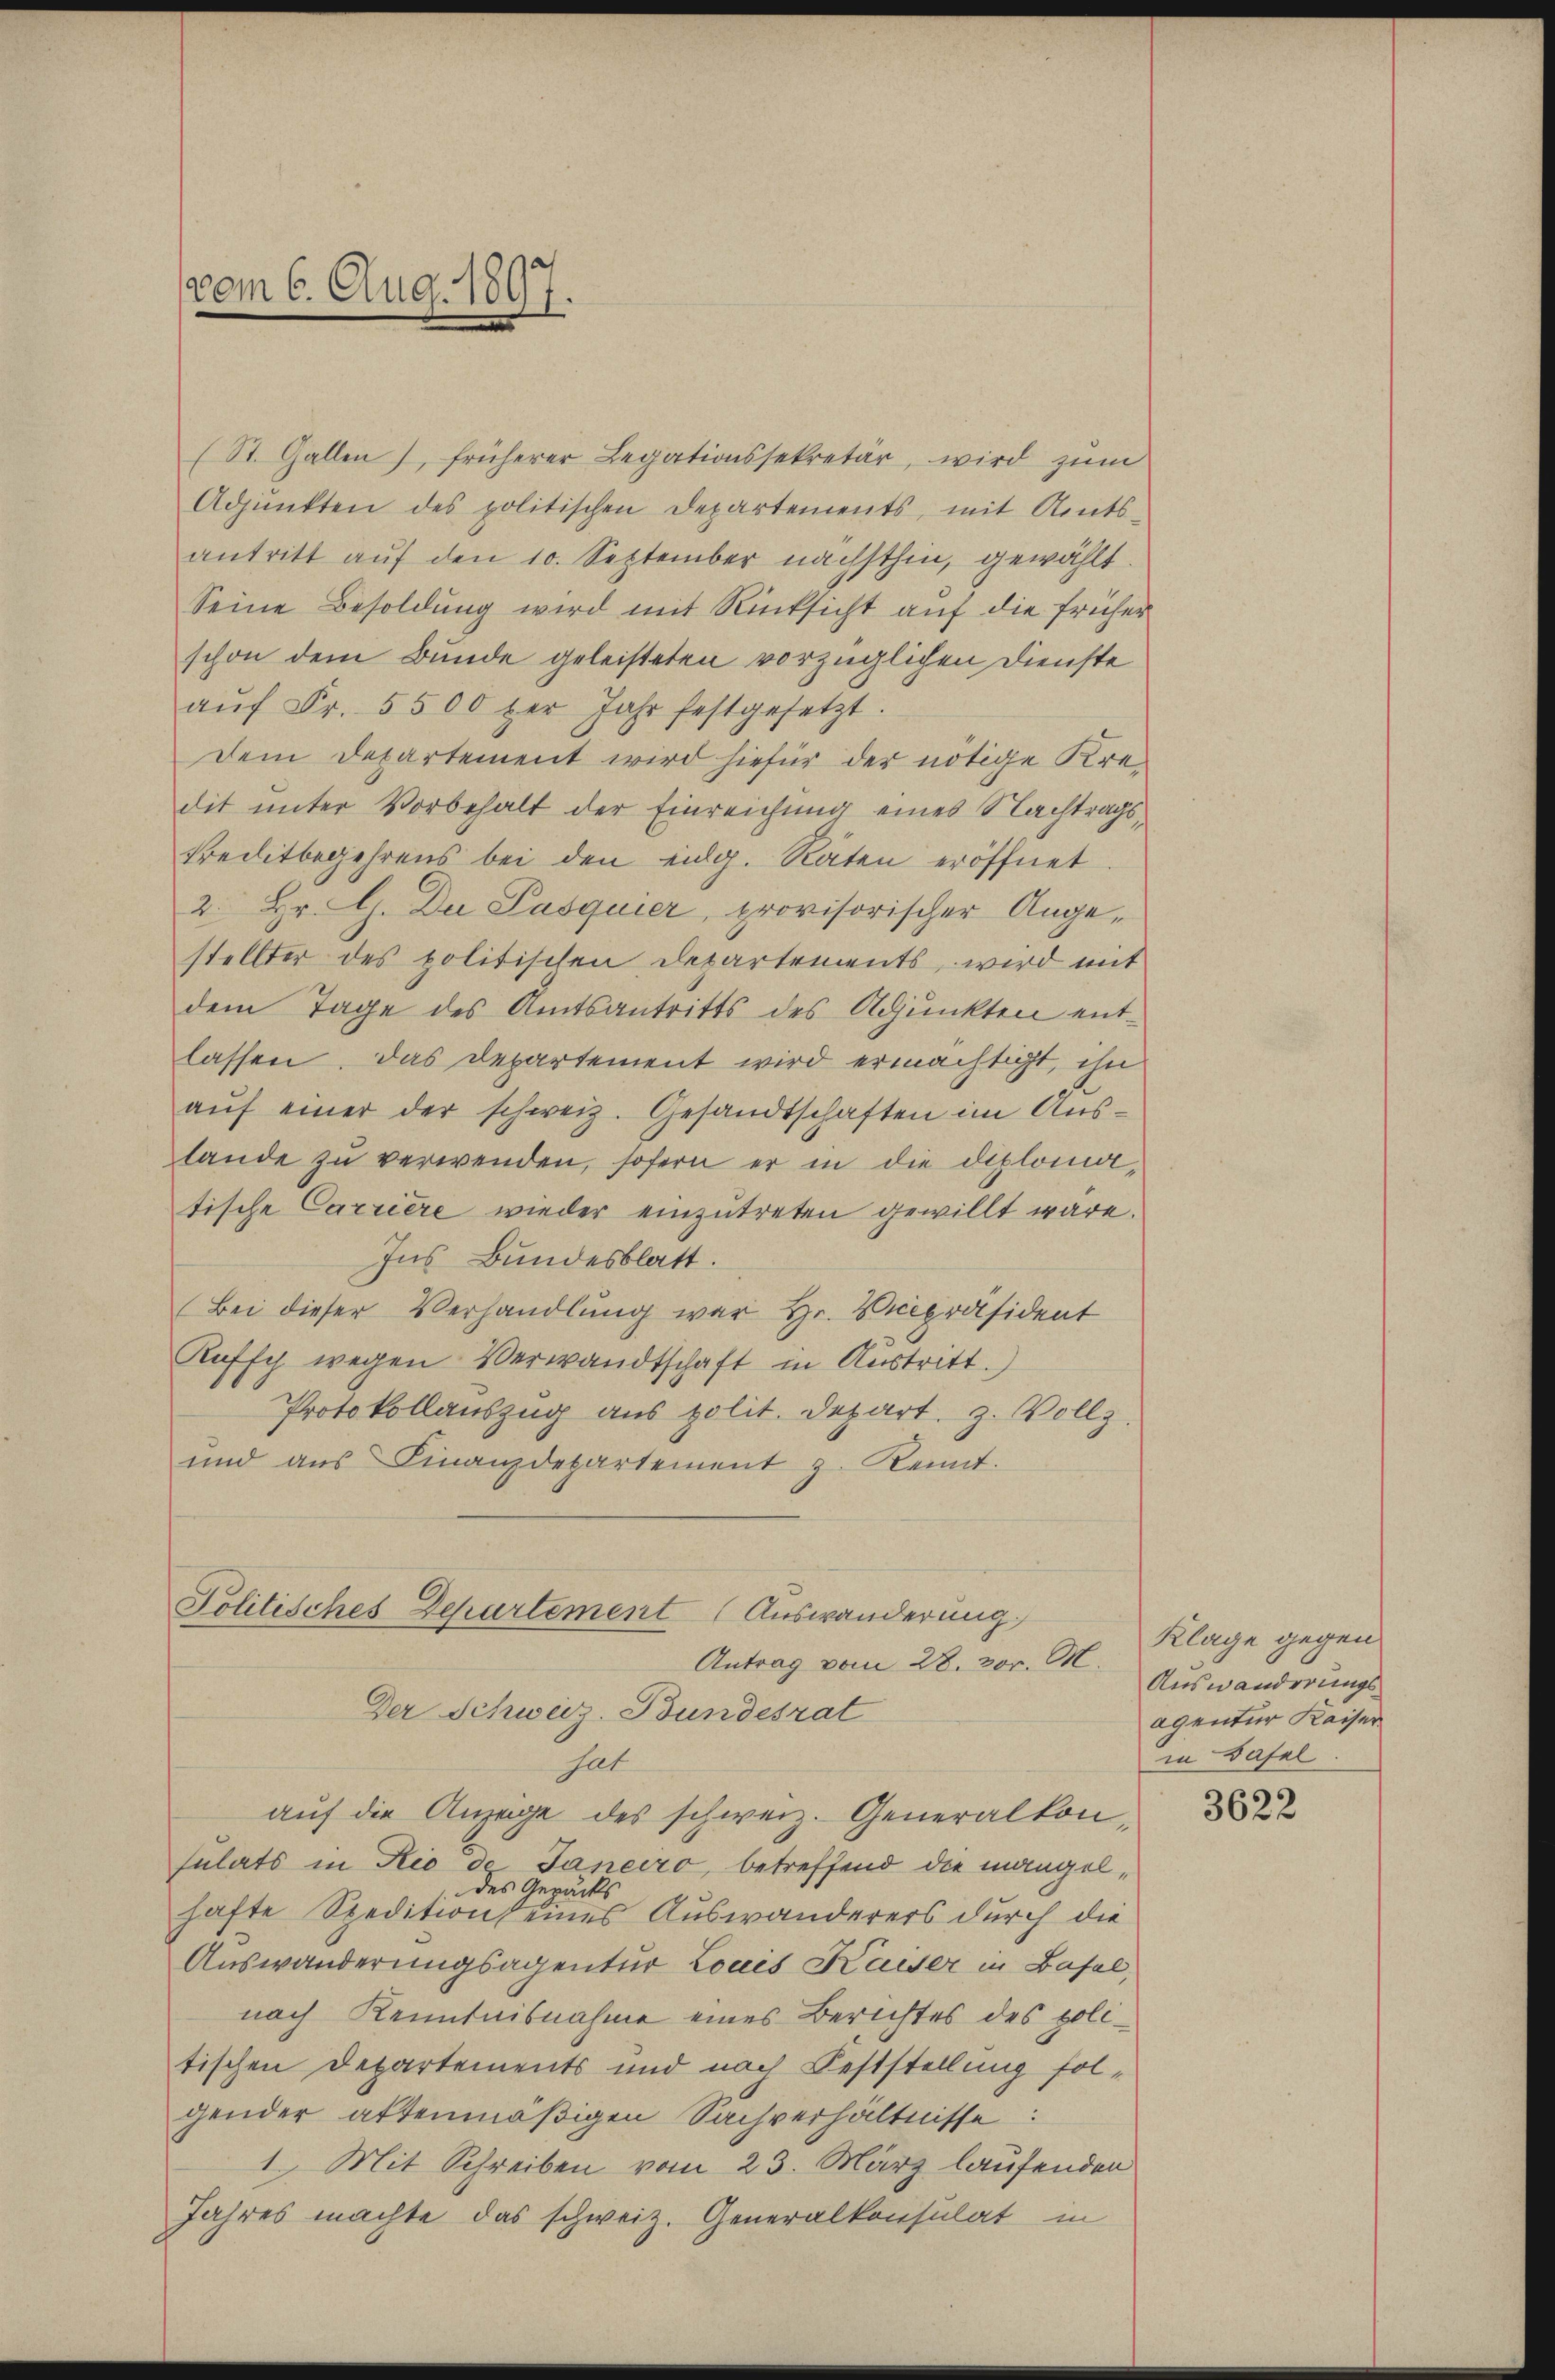
vom 6. Aug. 1897.

(St. Gallen), früherer Legationssekretär, wird zŭm
Adjunkten des politischen Departements, mit Amtsantritt auf den 10. September nächsthin, gewählt
Seine Besoldung wird mit Rücksicht auf die früher
schon dem Bunde geleisteten vorzüglichen Dienste
aŭf Fr. 5500 per Jahr festgesetzt.
Dem Departement wird hiefür der nötige Kredit unter Vorbehalt der Einreichung eines Nachtragskreditbegehrens bei den eidg. Räten eröffnet
2. Hr. G. Der Pasquier, provisorischer Angestellter des politischen Departements, wird mit
dem Tage des Amtsantritts des Adjunkten ent-
lassen. Das Departement wird ermächtigt, ihn
aŭf einer der schweiz. Gesandtschaften im Auslande zu verwenden, sofern er in die Diplomatische Carriere wieder einzutreten gewillt wäre.
Ins Bundesblatt.
(Bei dieser Verhandlung war Hr. Vicepräsident
Ruffch wegen Verwandtschaft in Austritt.)
Protokollauszug aus polit. Depart. z. Vollz
und aŭs Finanzdepartement z. Kennt.
Politisches Departement Auswanderung
Antrag vom 28. vor. M.
Der Schweiz. Bundesrat
hat
auf die Anzeige des schweiz. Generalkonsulats in Rio de Janeiro, betreffend die mangeldes Gepäcks
hafte Spedition eines Auswanderers durch die
Auswanderungsagentur Louis Kaiser in Basel
nach Kenntnisnahme eines Berichtes des politischen Departements und nach Feststellung folgender attenmäßigen Sachverhältnisse:
1. Mit Schreiben vom 23. März laufenden
Jahres machte das schweiz. Generalkonsulat in

Klage gegen
Auswanderungsagentur Kaiser
in Basel.

3622